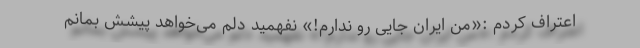
اعتراف کردم :«من ایران جایی رو ندارم!» نفهمید دلم می‌خواهد پیشش بمانم